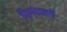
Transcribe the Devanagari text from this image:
पिण्यातही